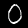
Label: 0